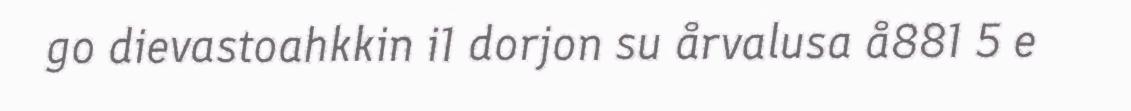
go dievastoahkkin i1 dorjon su årvalusa å881 5 e